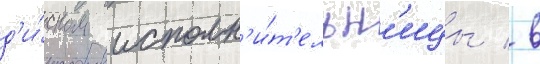
д'и́ском исполн'и́т'ельн'ицы / в